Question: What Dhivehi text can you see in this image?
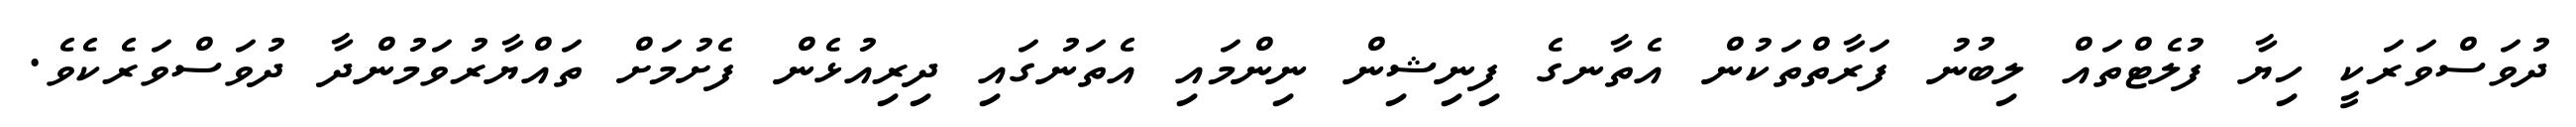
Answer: ދުވަސްވަރަކީ ހިޔާ ފުލެޓްތައް ލިބުނު ފަރާތްތަކުން އެތާނގެ ފިނިޝިން ނިންމައި އެތަނުގައި ދިރިއުޅެން ފެށުމަށް ތައްޔާރުވަމުންދާ ދުވަސްވަރެކެވެ.